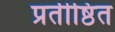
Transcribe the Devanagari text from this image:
प्रतीष्ठित